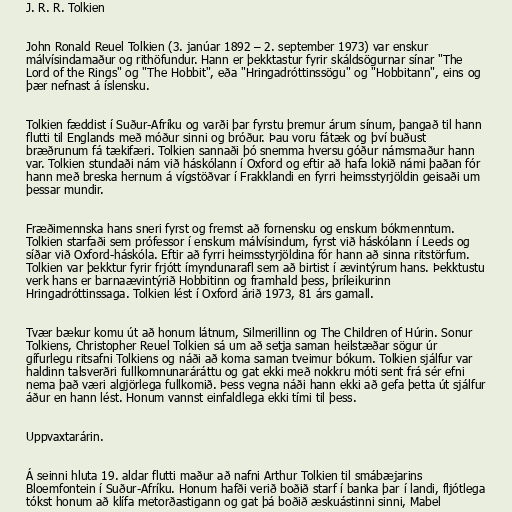
J. R. R. Tolkien

John Ronald Reuel Tolkien (3. janúar 1892 – 2. september 1973) var enskur
málvísindamaður og rithöfundur. Hann er þekktastur fyrir skáldsögurnar sínar "The
Lord of the Rings" og "The Hobbit", eða "Hringadróttinssögu" og "Hobbitann", eins og
þær nefnast á íslensku.

Tolkien fæddist í Suður-Afríku og varði þar fyrstu þremur árum sínum, þangað til hann
flutti til Englands með móður sinni og bróður. Þau voru fátæk og því buðust
bræðrunum fá tækifæri. Tolkien sannaði þó snemma hversu góður námsmaður hann
var. Tolkien stundaði nám við háskólann í Oxford og eftir að hafa lokið námi þaðan fór
hann með breska hernum á vígstöðvar í Frakklandi en fyrri heimsstyrjöldin geisaði um
þessar mundir.

Fræðimennska hans sneri fyrst og fremst að fornensku og enskum bókmenntum.
Tolkien starfaði sem prófessor í enskum málvísindum, fyrst við háskólann í Leeds og
síðar við Oxford-háskóla. Eftir að fyrri heimsstyrjöldina fór hann að sinna ritstörfum.
Tolkien var þekktur fyrir frjótt ímyndunarafl sem að birtist í ævintýrum hans. Þekktustu
verk hans er barnaævintýrið Hobbitinn og framhald þess, þríleikurinn
Hringadróttinssaga. Tolkien lést í Oxford árið 1973, 81 árs gamall.

Tvær bækur komu út að honum látnum, Silmerillinn og The Children of Húrin. Sonur
Tolkiens, Christopher Reuel Tolkien sá um að setja saman heilstæðar sögur úr
gífurlegu ritsafni Tolkiens og náði að koma saman tveimur bókum. Tolkien sjálfur var
haldinn talsverðri fullkomnunaráráttu og gat ekki með nokkru móti sent frá sér efni
nema það væri algjörlega fullkomið. Þess vegna náði hann ekki að gefa þetta út sjálfur
áður en hann lést. Honum vannst einfaldlega ekki tími til þess.

Uppvaxtarárin.

Á seinni hluta 19. aldar flutti maður að nafni Arthur Tolkien til smábæjarins
Bloemfontein í Suður-Afríku. Honum hafði verið boðið starf í banka þar í landi, fljótlega
tókst honum að klífa metorðastigann og gat þá boðið æskuástinni sinni, Mabel